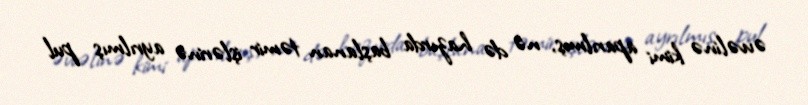
əvvəlinə kimi aparılmış, nə də hazırda başlanan təmir işlərinə ayrılmış pul